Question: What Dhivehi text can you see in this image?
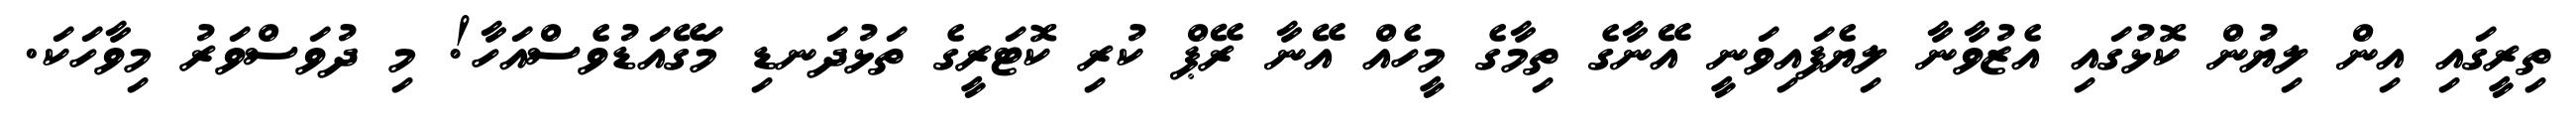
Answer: ތިރީގައި އިން ލިޔުން ކޮޅުގައި އެޒުވާނާ ލިޔެފައިވަނީ އޭނާގެ ތިމާގެ މީހެއް އޭނާ ރޭޕް ކުރި ކޮޓަރީގެ ތަޅުދަނޑި މަގޭއަޑުވެސްއަހާ! މި ދުވަސްވަރު މިވާހަކަ.